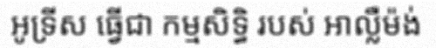
អូទ្រីស ធ្វើជា កម្មសិទ្ធិ របស់ អាល្លឺម៉ង់